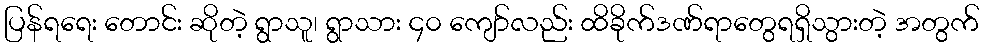
ပြန်ရရေး တောင်း ဆိုတဲ့ ရွာသူ၊ ရွာသား ၄၀ ကျော်လည်း ထိခိုက်ဒဏ်ရာတွေရရှိသွားတဲ့ အတွက်